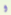
و